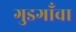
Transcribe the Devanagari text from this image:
गुडगाँवा